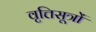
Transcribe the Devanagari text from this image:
वृत्तिसूत्रों